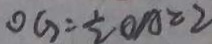
O G = \frac { 1 } { 2 } O A = 2